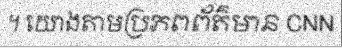
។ យោងតាមប្រភពព័ត៌មាន CNN